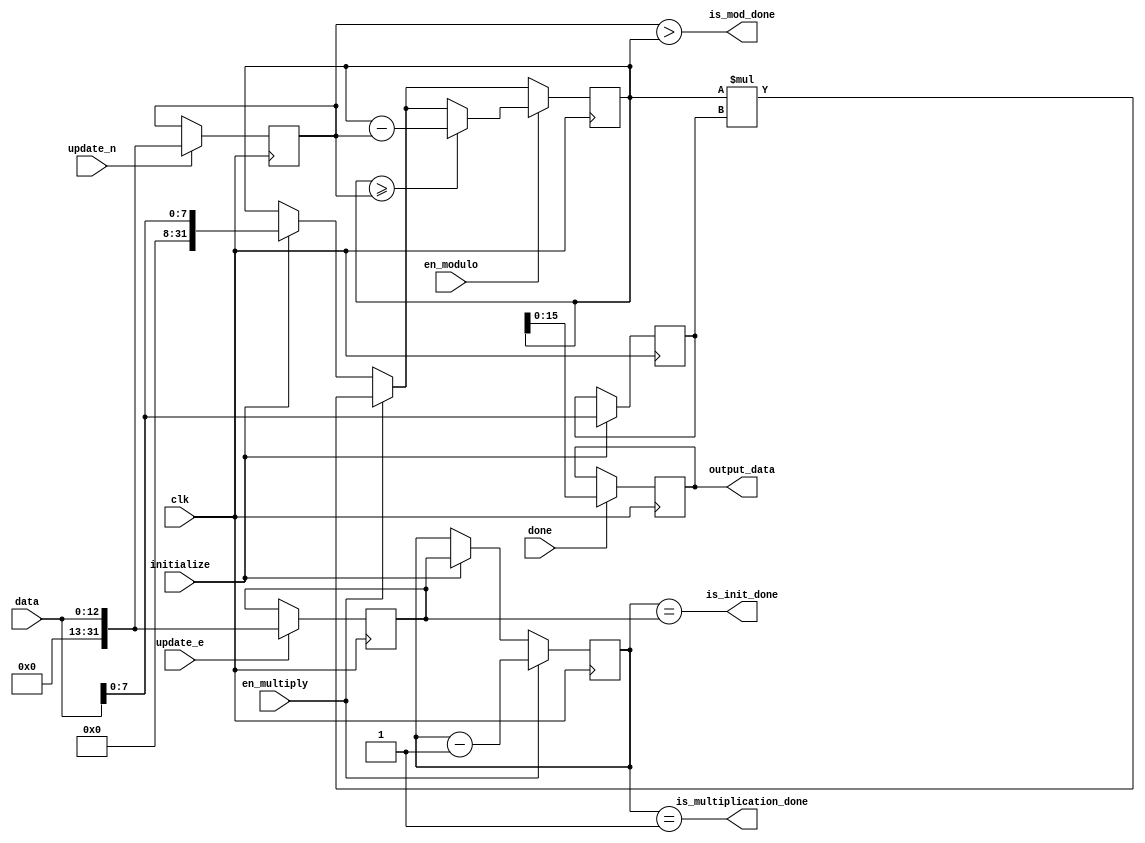
module datapath
(
  input wire [12:0] data            ,
  input wire clk                   ,
  input wire initialize            ,
  input wire en_multiply           ,
  input wire en_modulo             ,
  input wire update_e              ,
  input wire update_n              ,
  input wire done                  ,
  output wire is_multiplication_done,
  output wire is_init_done          ,
  output wire is_mod_done           ,
  output reg [15:0] output_data
);

    reg [31:0] n = 3233;
    reg [31:0] e = 17;
    reg [7:0] frozen_data;
    reg [31:0] arithmetic_temp;
    reg [31:0] iterations_left;
    always @(posedge clk) 
    begin
        if (initialize) begin
            frozen_data <= data[7:0];
            arithmetic_temp <= {24'b0, data[7:0]};
            iterations_left <= e;
        end
        if (en_multiply) begin
            arithmetic_temp <= arithmetic_temp * frozen_data;
            iterations_left <= iterations_left - 1;
        end
        if (en_modulo) begin
            if (arithmetic_temp >= n)
                arithmetic_temp <= arithmetic_temp - n;
        end
        if (done) 
            output_data <= arithmetic_temp[15:0];
        if (update_e)
            e <= {19'd0, data};
        if (update_n)
            n <= {19'd0, data};
    end

    assign is_multiplication_done = (iterations_left == 1);
    assign is_init_done = (iterations_left == e);
    assign is_mod_done = (n > arithmetic_temp);

endmodule